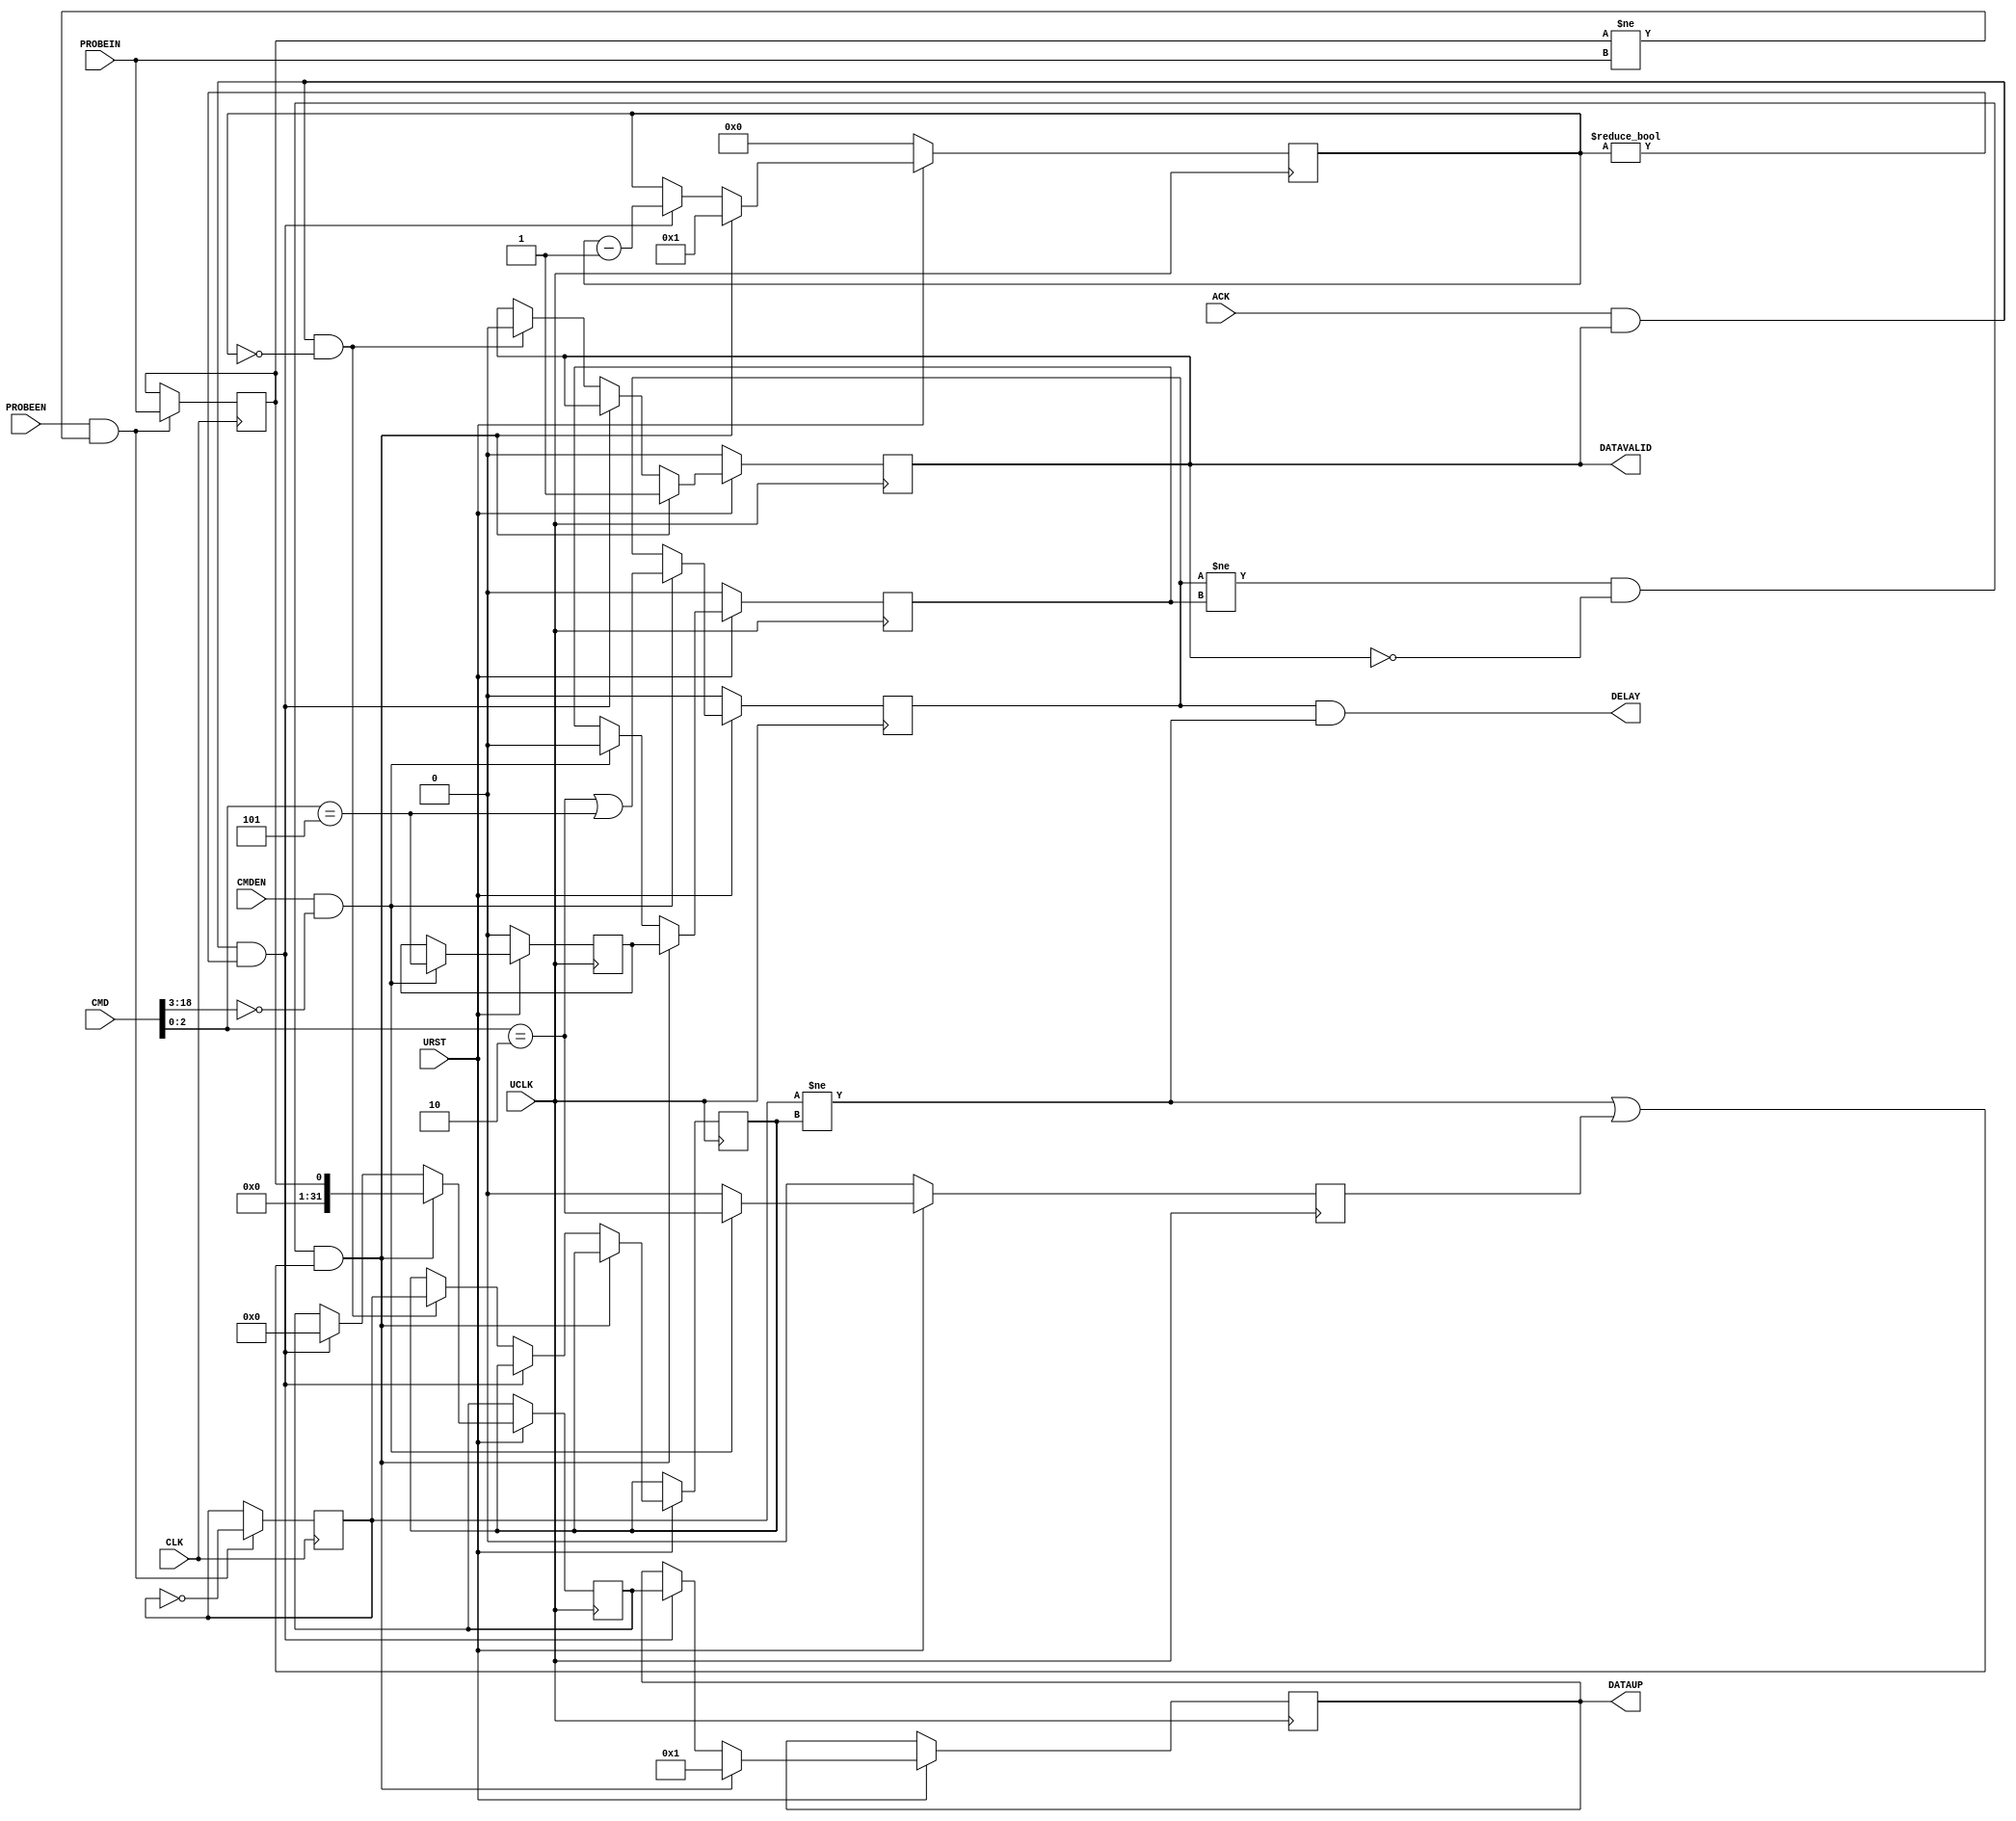

// Copyright (c) 2000-2012 Bluespec, Inc.

// Permission is hereby granted, free of charge, to any person obtaining a copy
// of this software and associated documentation files (the "Software"), to deal
// in the Software without restriction, including without limitation the rights
// to use, copy, modify, merge, publish, distribute, sublicense, and/or sell
// copies of the Software, and to permit persons to whom the Software is
// furnished to do so, subject to the following conditions:

// The above copyright notice and this permission notice shall be included in
// all copies or substantial portions of the Software.

// THE SOFTWARE IS PROVIDED "AS IS", WITHOUT WARRANTY OF ANY KIND, EXPRESS OR
// IMPLIED, INCLUDING BUT NOT LIMITED TO THE WARRANTIES OF MERCHANTABILITY,
// FITNESS FOR A PARTICULAR PURPOSE AND NONINFRINGEMENT. IN NO EVENT SHALL THE
// AUTHORS OR COPYRIGHT HOLDERS BE LIABLE FOR ANY CLAIM, DAMAGES OR OTHER
// LIABILITY, WHETHER IN AN ACTION OF CONTRACT, TORT OR OTHERWISE, ARISING FROM,
// OUT OF OR IN CONNECTION WITH THE SOFTWARE OR THE USE OR OTHER DEALINGS IN
// THE SOFTWARE.
//
// $Revision: 29441 $
// $Date: 2012-08-27 21:58:03 +0000 (Mon, 27 Aug 2012) $

`ifdef BSV_ASSIGNMENT_DELAY
`else
  `define BSV_ASSIGNMENT_DELAY
`endif

`ifdef BSV_POSITIVE_RESET
  `define BSV_RESET_VALUE 1'b1
  `define BSV_RESET_EDGE posedge
`else
  `define BSV_RESET_VALUE 1'b0
  `define BSV_RESET_EDGE negedge
`endif


`define PENABLE   3'd2
`define PSENDONCE 3'd5 // must agree with EnableMode in SceMiSerialProbe

module ProbeValue (
                   UCLK,
                   URST,
                   // Down link
                   CMDEN,
                   CMD,
                   // Up link
                   DELAY,
                   DATAUP,
                   DATAVALID,
                   ACK,
                   //
                   CLK,
                   // Probe data with valid bit
                   PROBEIN,
                   PROBEEN
                 );

   parameter ProbeId = 0;
   parameter ProbeWidth = 1;
   parameter InitiallyEnabled = 1'b0;

   localparam ProbeWords = (31+ProbeWidth)/32;
   localparam ProbeWBits = (ProbeWidth > 32) ? ProbeWidth : 32;

   input UCLK;
   input URST;
   input CLK;

   input [ProbeWidth-1:0] PROBEIN;
   input                  PROBEEN;

   output [31:0] DATAUP;
   output        DELAY;
   output        DATAVALID;
   input         ACK;

   input         CMDEN;
   input [18:0]  CMD;

   // Output declarations
   reg [31:0]    DATAUP;        // on UCLK
   wire          DELAY;

   wire [15:0]  probenum = CMD [18:3];
   wire [2:0]   cmd      = CMD  [2:0];

   // On local clock
   reg [ProbeWidth-1:0] probeData; // not reset
   reg                  probeChanged;

   // on UCLK/reset
   reg                  enabled;
   reg                  sending;
   reg                  forced;
   reg 			sendOnce;
   reg 			sentOne;
   reg [7:0]            remaining;
   reg [ProbeWBits-1:0] captured; // not reset
   reg                  captureChanged;

   wire newData     = probeChanged != captureChanged;
   assign DELAY   = enabled && newData;
   assign DATAVALID = sending;
   wire [ProbeWBits+31:0]  temp = {32'b0,captured};

   always @(posedge UCLK) begin
      if (URST != !`BSV_RESET_VALUE) begin
         enabled   <= `BSV_ASSIGNMENT_DELAY InitiallyEnabled;
	 forced    <= `BSV_ASSIGNMENT_DELAY 1'b0;
         remaining <= `BSV_ASSIGNMENT_DELAY 8'b0;
         sending   <= `BSV_ASSIGNMENT_DELAY 1'b0;
         sendOnce  <= `BSV_ASSIGNMENT_DELAY 1'b0;
         sentOne   <= `BSV_ASSIGNMENT_DELAY 1'b0;
      end
      else begin
         // Enable or disable the probe
         if (CMDEN && (probenum == ProbeId[15:0])) begin
            enabled <= `BSV_ASSIGNMENT_DELAY (cmd == `PENABLE || cmd == `PSENDONCE);
            forced  <= `BSV_ASSIGNMENT_DELAY (cmd == `PENABLE);
            sendOnce<= `BSV_ASSIGNMENT_DELAY (cmd == `PSENDONCE);
            sentOne <= `BSV_ASSIGNMENT_DELAY 1'b0;
         end
         else begin
            forced  <= `BSV_ASSIGNMENT_DELAY 1'b0 ;
         end

         // FSM for shipping out data
         if ((enabled!=sentOne) &&  !sending && (newData || forced)) begin
            remaining <= `BSV_ASSIGNMENT_DELAY ProbeWords[7:0];
            captured  <= `BSV_ASSIGNMENT_DELAY probeData;
            DATAUP    <= `BSV_ASSIGNMENT_DELAY  {ProbeId[15:0], 8'b0, ProbeWords[7:0] };
            sending   <= `BSV_ASSIGNMENT_DELAY  1'b1;
            sentOne   <= `BSV_ASSIGNMENT_DELAY  sendOnce;
         end
         else if (ACK && sending && remaining != 16'b0) begin
            remaining  <= `BSV_ASSIGNMENT_DELAY remaining - 1'd1;
            DATAUP     <= `BSV_ASSIGNMENT_DELAY captured [31:0];
            captured   <= `BSV_ASSIGNMENT_DELAY temp[ProbeWBits+31:32];
         end
         else if (ACK && sending && remaining == 8'b0) begin
            sending        <= `BSV_ASSIGNMENT_DELAY 1'b0;
            captureChanged <= `BSV_ASSIGNMENT_DELAY probeChanged;
         end
      end
   end

   // Local clock == uclock and lclock are edge aligned.
   wire newProbeData = probeData != PROBEIN;
   always @(posedge CLK) begin
      if (PROBEEN && newProbeData) begin
         probeData    <= `BSV_ASSIGNMENT_DELAY PROBEIN;
         probeChanged <= `BSV_ASSIGNMENT_DELAY ! probeChanged;
      end
      // synopsys translate_off
      if (enabled && newProbeData && newData) begin
         $display ("Error: %m Probevalue has been overrun with data!");
      end
      // synopsys translate_on

   end

`ifdef BSV_NO_INITIAL_BLOCKS
`else // not BSV_NO_INITIAL_BLOCKS
   // synopsys translate_off
   initial begin
      probeData   <= { ProbeWidth {1'b0 } };
      probeChanged <= 1'b0;

      enabled     <= 1'b0 ;
      sending     <= 1'b0 ;
      forced      <= 1'b0;
      remaining   <= 8'h0 ;
      captured    <= { ProbeWBits/2 {2'b10 } };
      captureChanged <= 1'b0;
      DATAUP      <= {16 {2'b10}};
   end
   // synopsys translate_on
`endif

endmodule